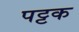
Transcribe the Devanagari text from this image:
पट्टक